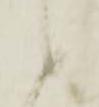
候